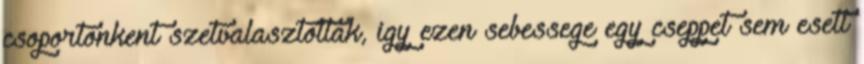
csoportonkent szetvalasztottak, igy ezen sebessege egy cseppet sem esett